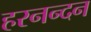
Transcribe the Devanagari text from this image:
हरनन्दन